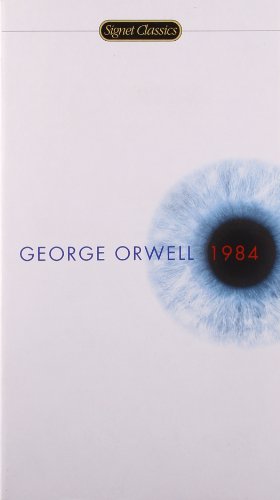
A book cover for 1984 (Signet Classics); George Orwell; Science Fiction & Fantasy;